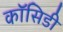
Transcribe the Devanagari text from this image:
कॉसिडी